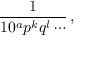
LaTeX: { \frac { 1 } { 1 0 ^ { a } p ^ { k } q ^ { l } \cdots } } \, ,